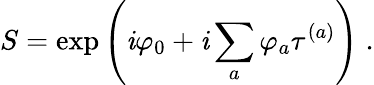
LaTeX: S=\exp\left(\mathit{i}\varphi_{0}+\mathit{i}\sum_{a}\varphi_{a}\tau^{(a)}\right)\; .